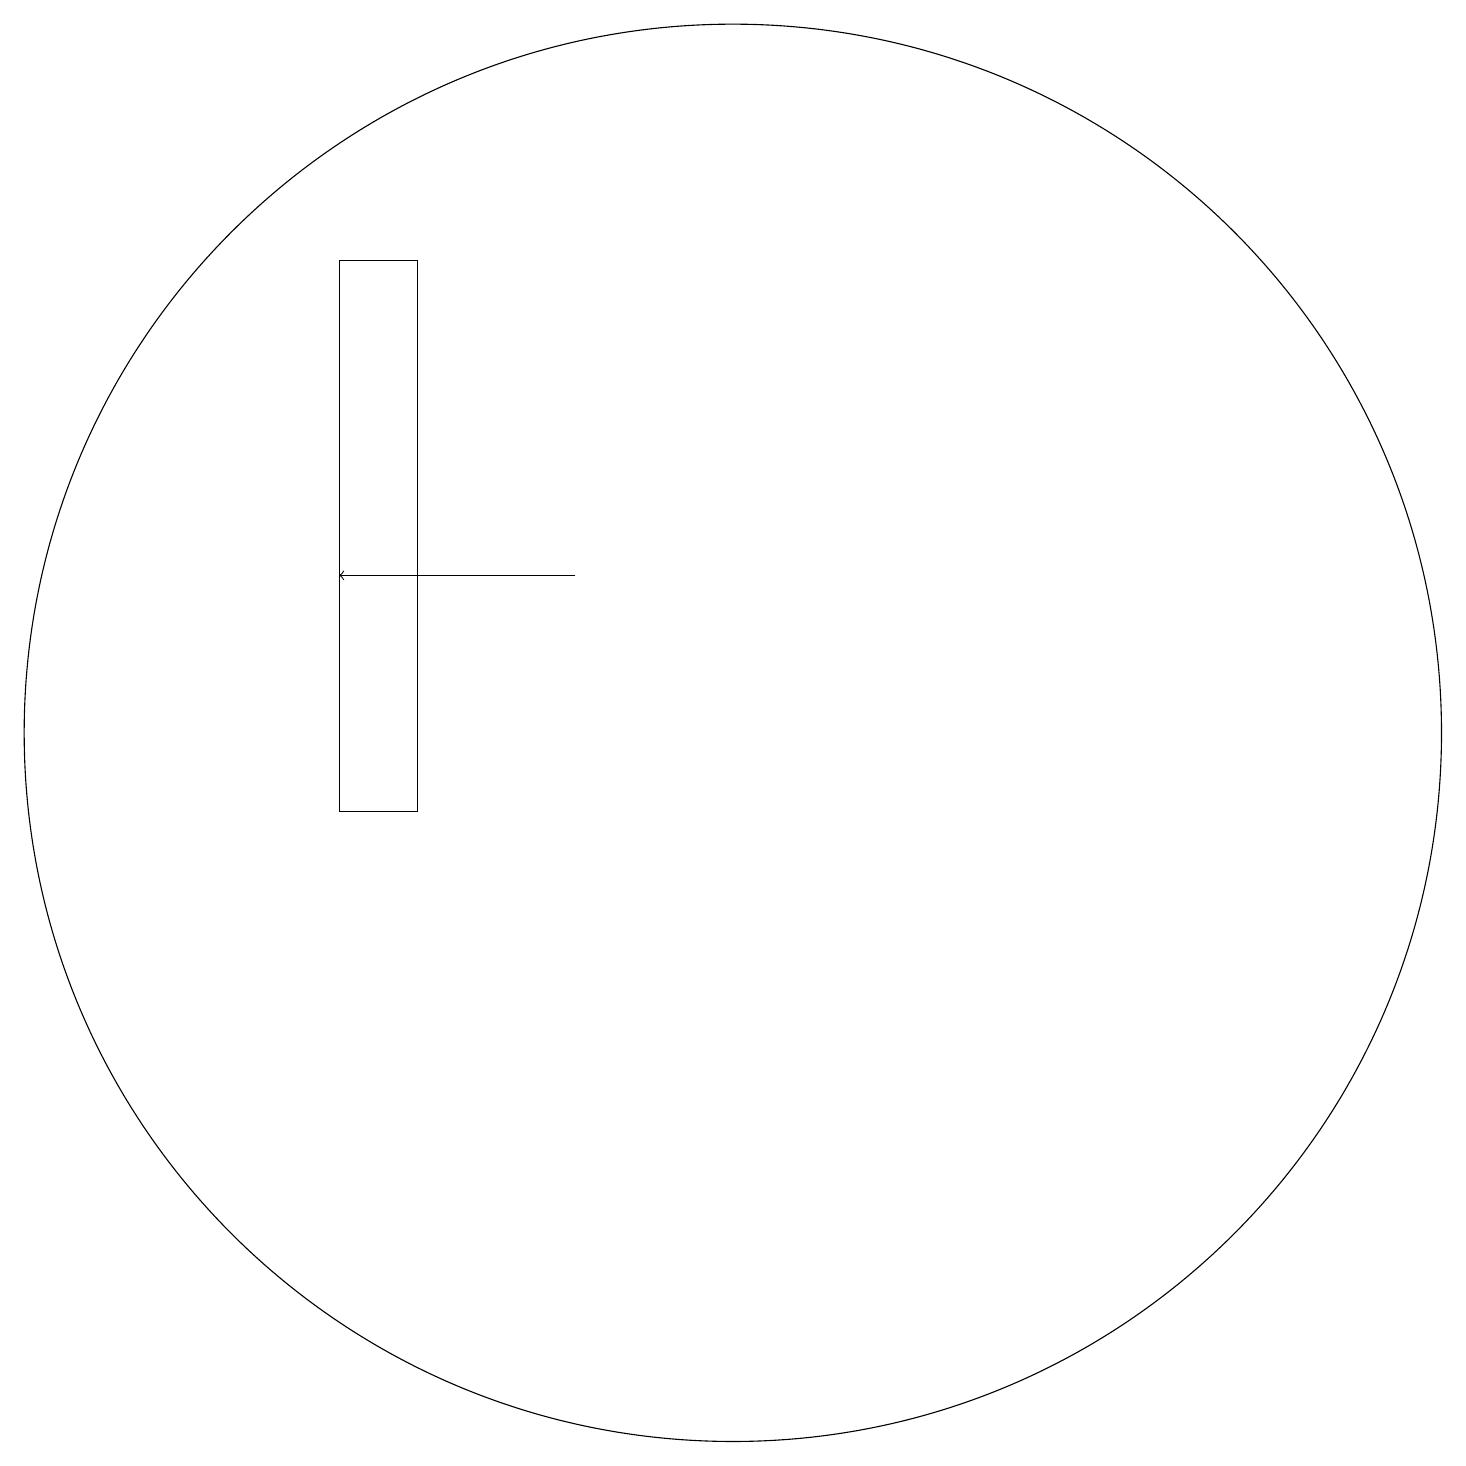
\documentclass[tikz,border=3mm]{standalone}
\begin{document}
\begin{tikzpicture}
\draw (11,10) circle (0);
\draw[->] (9,14) -- (6,14);
\draw (11,12) circle (9);
\draw (6,18) rectangle (7,11);
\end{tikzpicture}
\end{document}